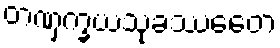
တဏှက္ခယသုခဿေတေ